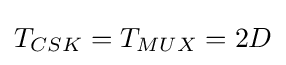
T_{CSK}=T_{MUX}=2D